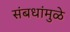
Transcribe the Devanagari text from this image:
संबधांमुळे